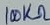
Text: 100KΩ